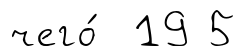
чего́ 19 5